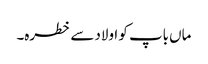
ماں باپ کو اولاد سے خطرہ۔